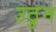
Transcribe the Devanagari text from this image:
उठुन